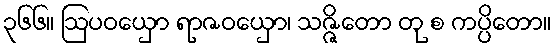
၃၆၆။ ဩပဝယှော ရာဇဝယှော၊ သဇ္ဇိတော တု စ ကပ္ပိတော။